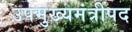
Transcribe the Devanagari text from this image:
उपमुख्यमंत्रीपद